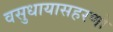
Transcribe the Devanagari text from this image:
वसुधायासहरणो